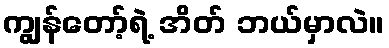
ကျွန်တော့်ရဲ့ အိတ် ဘယ်မှာလဲ။